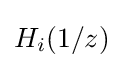
H_{i}(1/z)